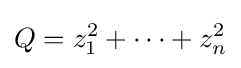
Q=z_{1}^{2}+\cdots +z_{n}^{2}